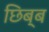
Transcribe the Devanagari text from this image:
छिब्ब